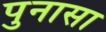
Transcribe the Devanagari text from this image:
पुनासा